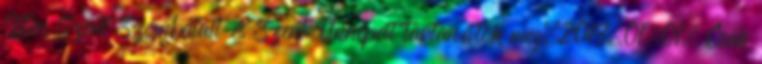
Isten Szent Szombatait és Szent Ünnepeit tartanátok meg.2013.01.01. Csak